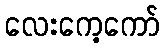
လေးကေ့ကော်